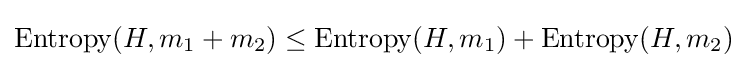
\operatorname {Entropy} (H,m_{1}+m_{2})\leq \operatorname {Entropy} (H,m_{1})+\operatorname {Entropy} (H,m_{2})